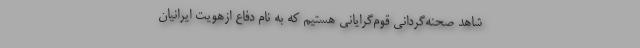
شاهد صحنه‌گردانی قوم‌گرایانی هستیم که به نام دفاع ازهویت ایرانیان